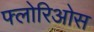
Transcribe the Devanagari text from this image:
फ्लोरिओस